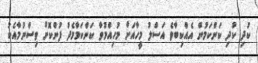
ކުދި ކުދި ކަންކަމުން އެއްކިބާވެ އަސްލު މީހާއަށް މުހިއްމުވާ ކަންކަމާމެދު ފުންކޮށް ވިސްނުމާއެކު